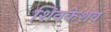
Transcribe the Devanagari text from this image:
शिवकेशव